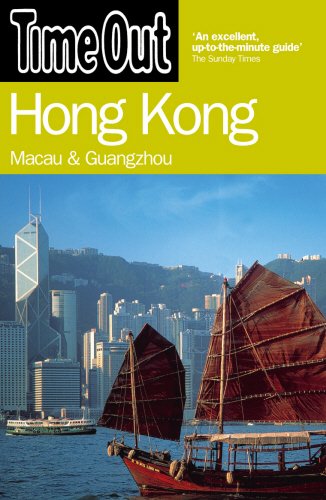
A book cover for Time Out Hong Kong: Macau and Guangzhou (Time Out Guides); Travel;